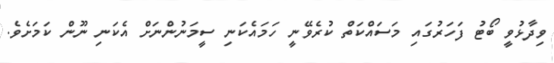
ވިދާޅުވީ ބޯޓު ފަހަރުގައި މަސައްކަތް ކުރެވޭނީ ހަމައެކަނި ސީމަނުންނަށް އެކަނި ނޫން ކަމަށެވެ.